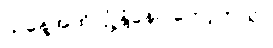
ယနေ့အထိ ပျံ့နှံ့နေပါတော့တယ်။